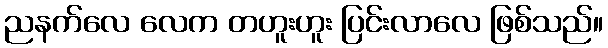
ညနက်လေ လေက တဟူးဟူး ပြင်းလာလေ ဖြစ်သည်။